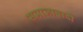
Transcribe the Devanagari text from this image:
समाजावादी